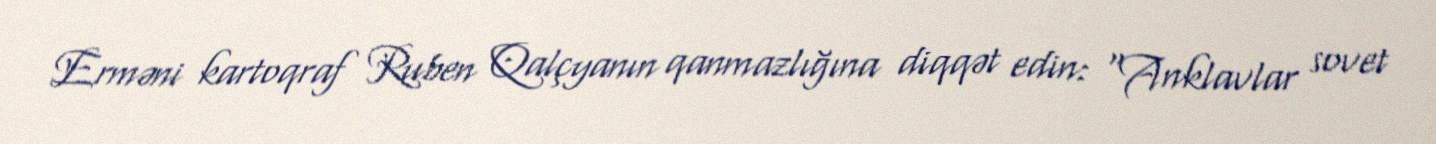
Erməni kartoqraf Ruben Qalçyanın qanmazlığına diqqət edin: “Anklavlar sovet